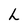
Character: L